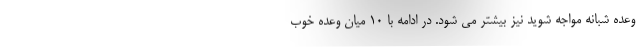
وعده شبانه مواجه شوید نیز بیشتر می شود. در ادامه با 10 میان وعده خوب